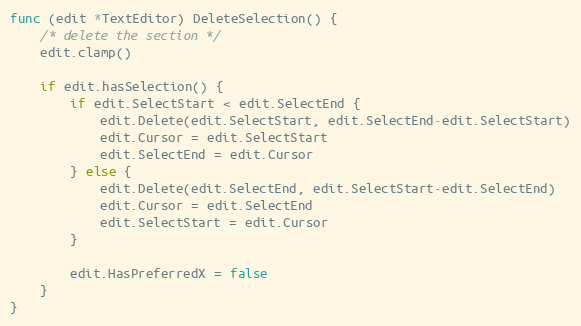
Language: Go
func (edit *TextEditor) DeleteSelection() {
	/* delete the section */
	edit.clamp()

	if edit.hasSelection() {
		if edit.SelectStart < edit.SelectEnd {
			edit.Delete(edit.SelectStart, edit.SelectEnd-edit.SelectStart)
			edit.Cursor = edit.SelectStart
			edit.SelectEnd = edit.Cursor
		} else {
			edit.Delete(edit.SelectEnd, edit.SelectStart-edit.SelectEnd)
			edit.Cursor = edit.SelectEnd
			edit.SelectStart = edit.Cursor
		}

		edit.HasPreferredX = false
	}
}